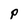
Character: P